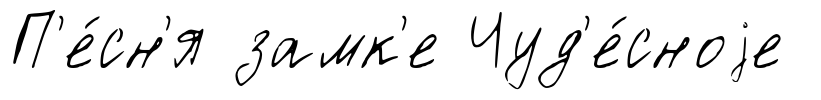
П'е́сн'я замк'е Чуд'е́сноjе